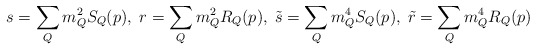
\begin{align*}s=\sum_{Q}m_Q^2S_Q(p),\; r=\sum_{Q}m_Q^2R_Q(p),\;\tilde{s}=\sum_{Q}m_Q^4S_Q(p),\; \tilde{r}=\sum_{Q}m_Q^4R_Q(p)\end{align*}